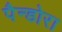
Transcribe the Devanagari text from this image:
पैन्डोरा